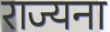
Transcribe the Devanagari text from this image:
राज्यना